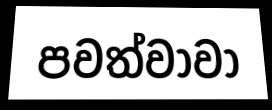
පවත්වාවා